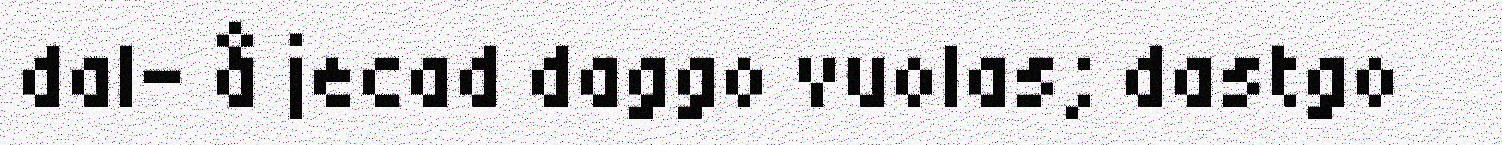
dal- å jecad daggo vuolas; dastgo